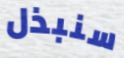
سنبذل